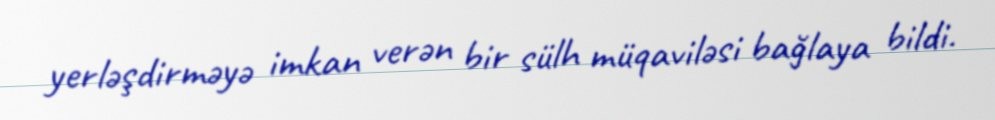
yerləşdirməyə imkan verən bir sülh müqaviləsi bağlaya bildi.